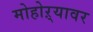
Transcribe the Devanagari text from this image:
मोहोऱ्यावर